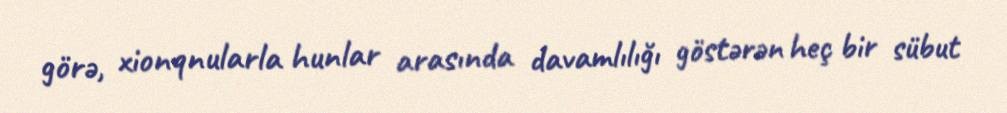
görə, xionqnularla hunlar arasında davamlılığı göstərən heç bir sübut